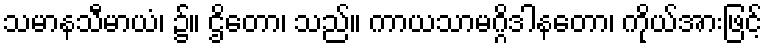
သမာနသီမာယံ၊ ၌။ ဌိတော၊ သည်။ ကာယသာမဂ္ဂိဒါနတော၊ ကိုယ်အားဖြင့်